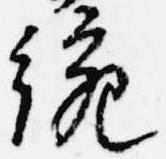
統